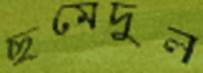
ছমেদুল